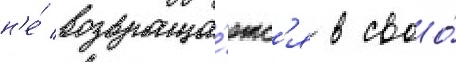
н'е́ возвраща́етс'я в своо́